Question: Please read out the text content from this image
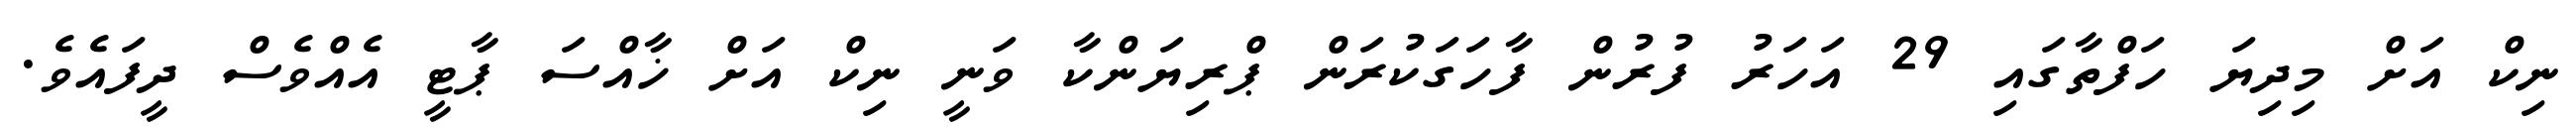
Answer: ނިކް އަށް މިދިޔަ ހަފްތާގައި 29 އަހަރު ފުރުން ފާހަގަކުރަން ޕްރިޔަންކާ ވަނީ ނިކް އަށް ޚާއްސަ ޕާޓީ އެއްވެސް ދީފައެވެ.